Report of the Hyderabad Chloroform Commission
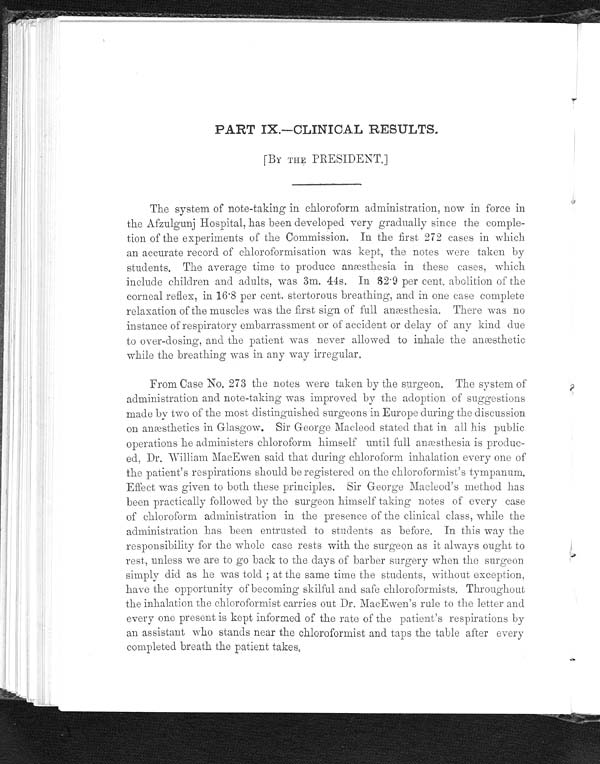
PART IX.—CLINICAL RESULTS.
[By THE PRESIDENT.]
The system of note-taking in chloroform administration, now in force in
the Afzulgunj Hospital, has been developed very gradually since the comple-
tion of the experiments of the Commission. In the first 272 cases in which
an accurate record of chloroformisation was kept, the notes were taken by
students. The average time to produce anæsthesia in these cases, which
include children and adults, was 3m. 44s. In 82.9 per cent. abolition of the
corneal reflex, in 16.8 per cent. stertorous breathing, and in one case complete
relaxation of the muscles was the first sign of full anæsthesia. There was no
instance of respiratory embarrassment or of accident or delay of any kind due
to over-dosing, and the patient was never allowed to inhale the anæsthetic
while the breathing was in any way irregular.
From Case No. 273 the notes were taken by the surgeon. The system of
administration and note-taking was improved by the adoption of suggestions
made by two of the most distinguished surgeons in Europe during the discussion
on anæsthetics in Glasgow. Sir George Macleod stated that in all his public
operations he administers chloroform himself until full anæsthesia is produc-
ed, Dr. William MacEwen said that during chloroform inhalation every one of
the patient's respirations should be registered on the chloroformist's tympanum.
Effect was given to both these principles. Sir George Macleod's method has
been practically followed by the surgeon himself taking notes of every case
of chloroform administration in the presence of the clinical class, while the
administration has been entrusted to students as before. In this way the
responsibility for the whole case rests with the surgeon as it always ought to
rest, unless we are to go back to the days of barber surgery when the surgeon
simply did as he was told ; at the same time the students, without exception,
have the opportunity of becoming skilful and safe chloroformists. Throughout
the inhalation the chloroformist carries out Dr. MacEwen's rule to the letter and
every one present is kept informed of the rate of the patient's respirations by
an assistant who stands near the chloroformist and taps the table after every
completed breath the patient takes.